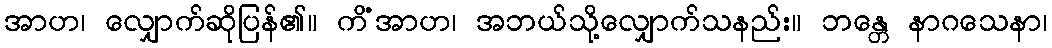
အာဟ၊ လျှောက်ဆိုပြန်၏။ ကိံအာဟ၊ အဘယ်သို့လျှောက်သနည်း။ ဘန္တေ နာဂသေနာ၊